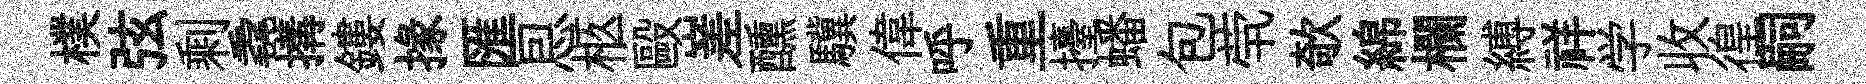
樸弦剩毳搆鏤掾匯㤙柩毆嵳醺驥偉呼重擡蟠包茕欹綿欄縛祥学收徨嗣